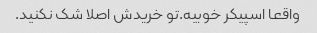
واقعا اسپیکر خوبیه.تو خریدش اصلا شک نکنید.